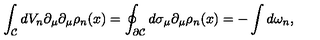
\int _ { \cal { C } } d V _ { n } \partial _ { \mu } \partial _ { \mu } \rho _ { n } ( x ) = \oint _ { \partial \cal { C } } d \sigma _ { \mu } \partial _ { \mu } \rho _ { n } ( x ) = - \int d \omega _ { n } ,